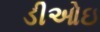
ડીઓઇ